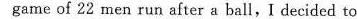
game of 22 men run after a ball,I decided to